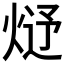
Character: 𤊂